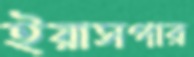
ইয়াসপার